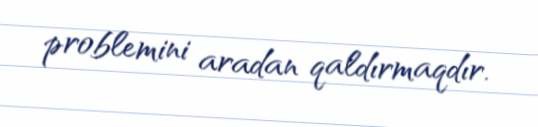
problemini aradan qaldırmaqdır.